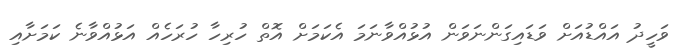
ވަހީދު އައްޑުއަށް ވަޑައިގަންނަވަން އުޅުއްވާނަމަ އެކަމަށް އޮތް ހުރިހާ ހުރަހެއް އަޅުއްވާނެ ކަމަށާއި